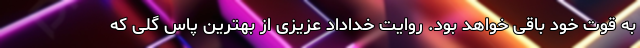
به قوت خود باقی خواهد بود. روایت خداداد عزیزی از بهترین پاس گلی که